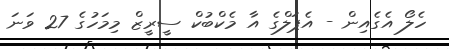
ހެލޯ އެގެއިން - އެޕަލްގެ އާ މެކްބުކް ސީރީޒް މިމަހުގެ 27 ވަނަ